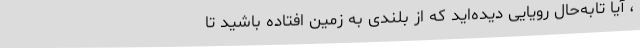
، آیا تابه‌حال رویایی دیده‌اید که از بلندی به زمین افتاده باشید تا